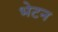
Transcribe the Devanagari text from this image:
भेटन